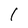
Character: 1